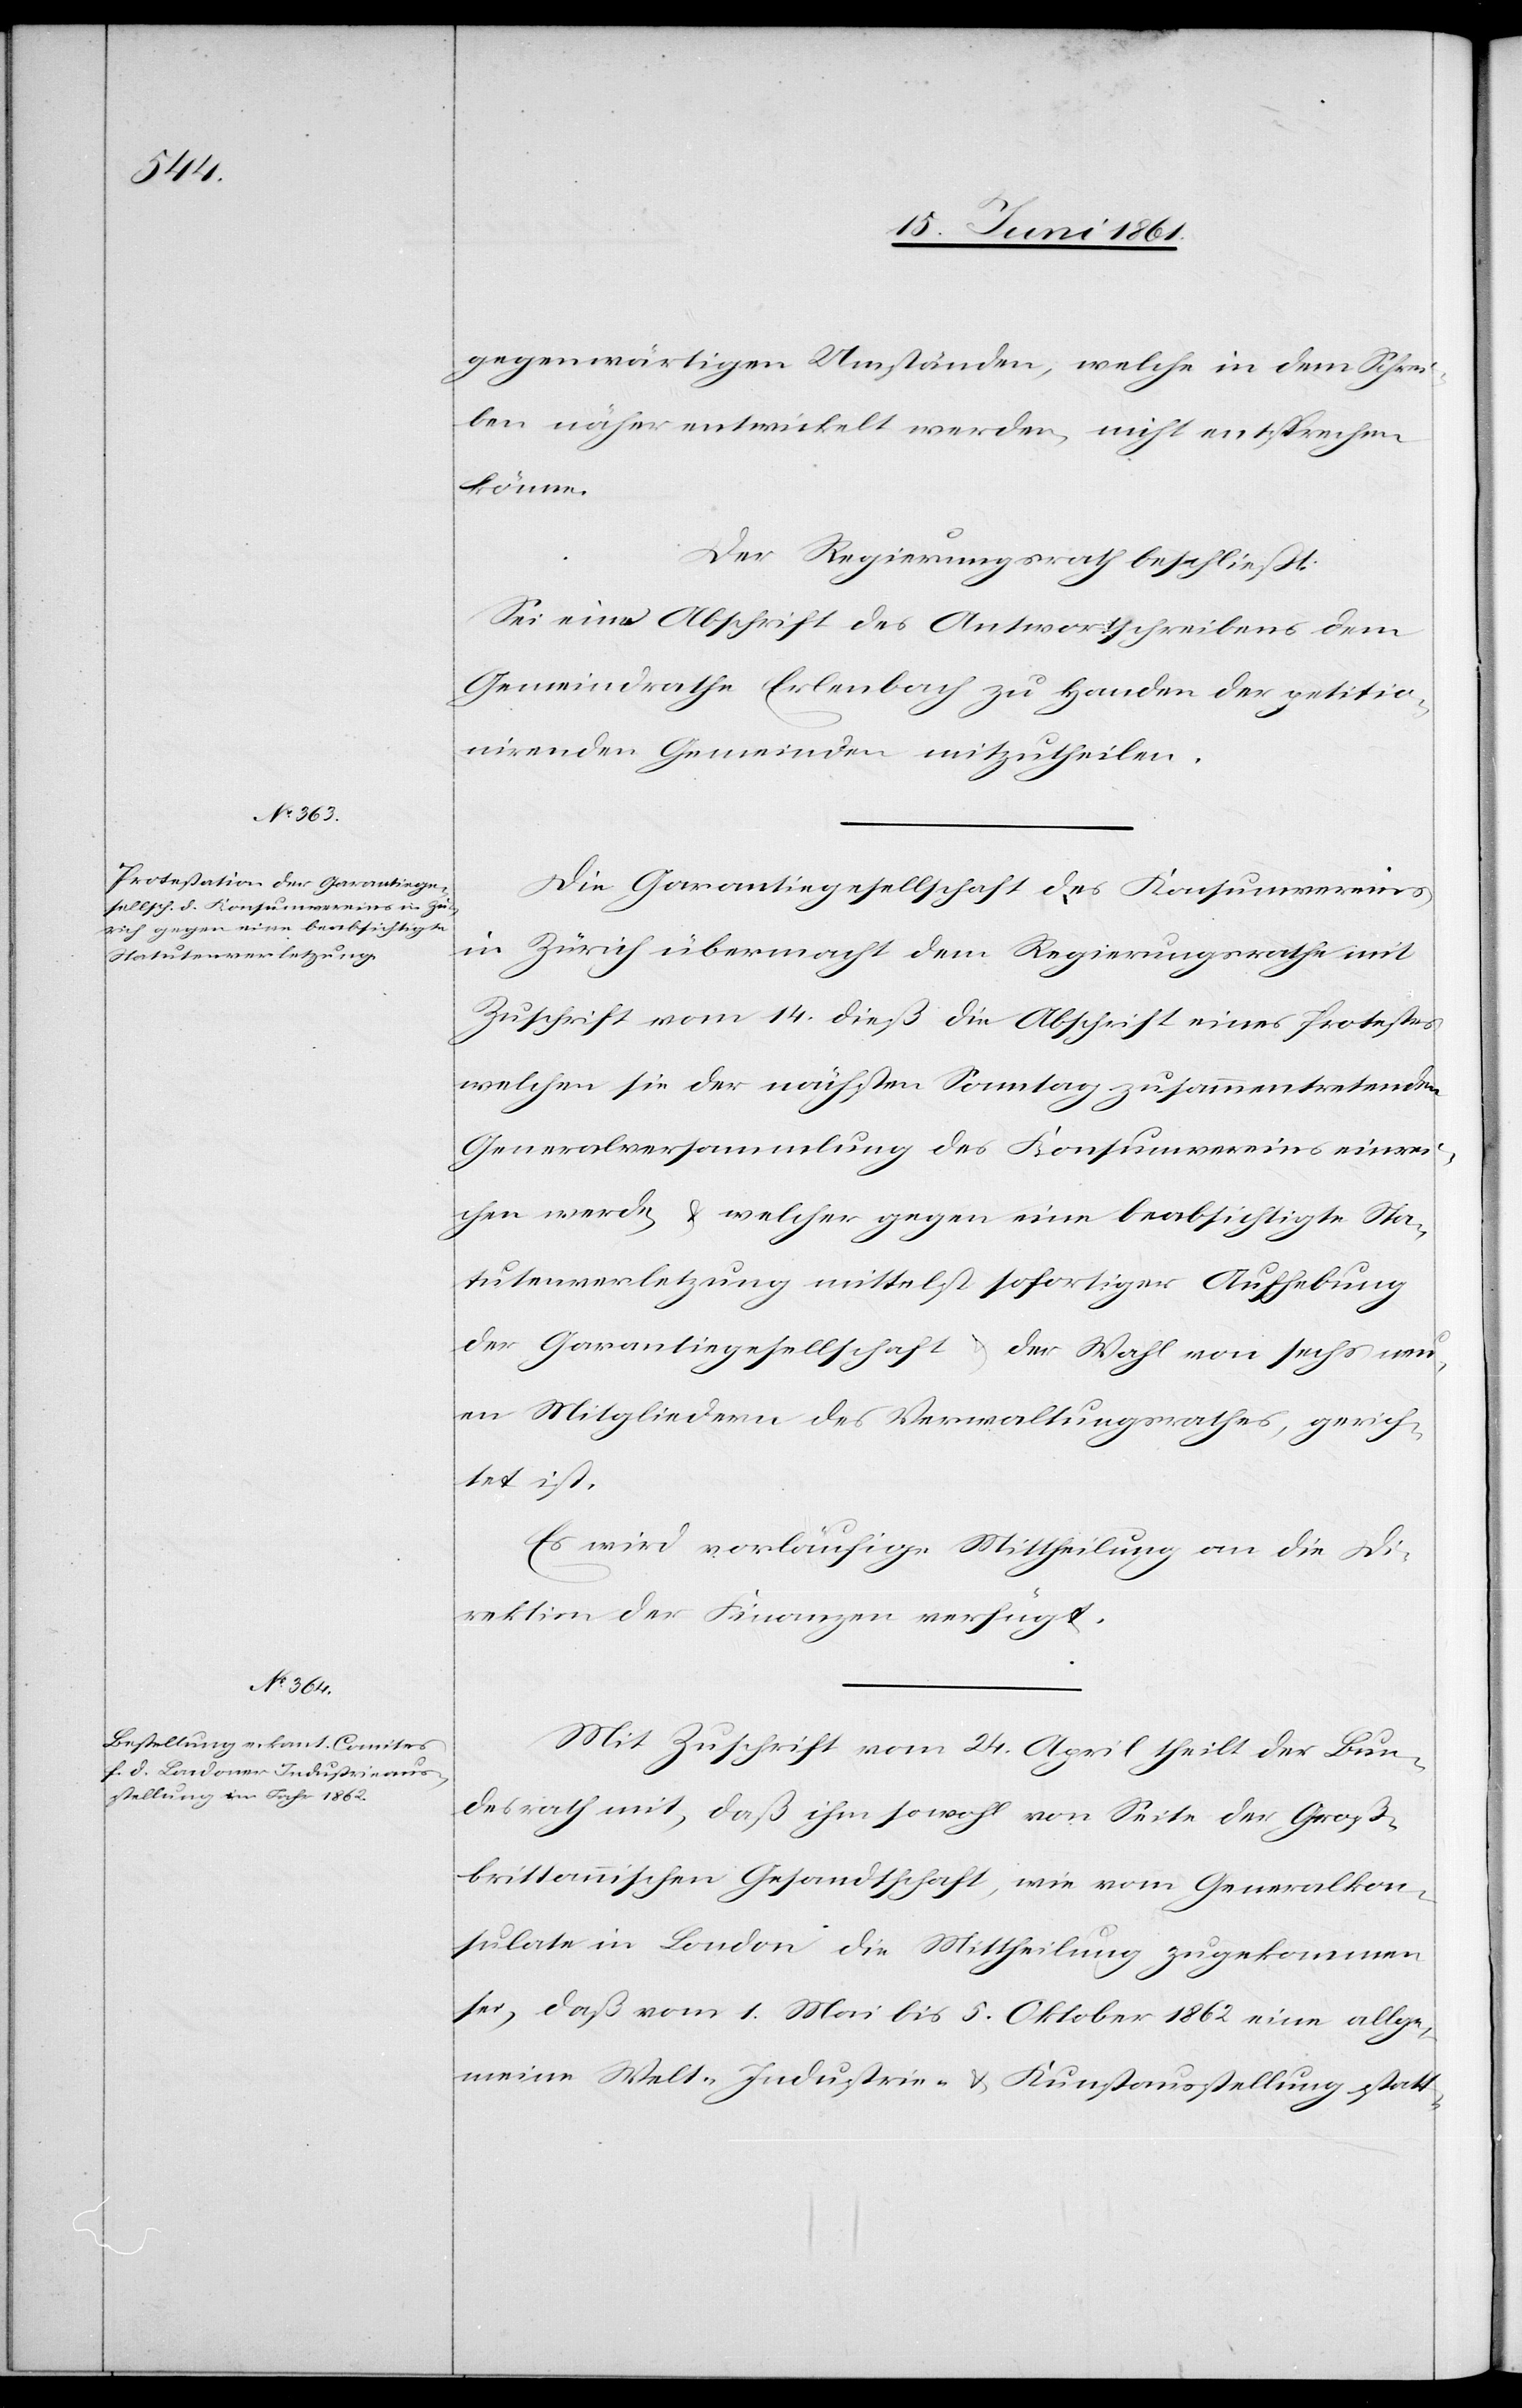
gegenwärtigen Umständen, welche in dem Schrei¬
ben näher entwickelt werden, nicht entsprechen
könne.
Der Regierungsrath beschließt:
Sei eine Abschrift des Antwortschreibens dem
Gemeindrathe Erlenbach zu Handen der petitio¬
nirenden Gemeinden mitzutheilen.
Die Garantiegesellschaft des Konsumvereins
in Zürich übermacht dem Regierungsrathe mit
Zuschrift vom 14. dieß die Abschrift eines Protestes
welchen sie der nächsten Sonntag zusammentretenden
Generalversammlung des Konsumvereins einrei¬
chen werde u. welcher gegen eine beabsichtigte Sta¬
tutenverletzung mittelst sofortiger Aufhebung
der Garantiegesellschaft u. der Wahl von sechs neu¬
en Mitgliedern des Verwaltungsrathes, gerich¬
tet ist.
Es wird vorläufige Mittheilung an die Di¬
rektion der Finanzen verfügt.
Mit Zuschrift vom 24. April theilt der Bun¬
desrath mit, daß ihm sowohl von Seite der Groß¬
brittannischen Gesandtschaft, wie vom Generalkon¬
sulate in London die Mittheilung zugekommen
sei, daß vom 1. Mai bis 5. Oktober 1862 eine allge¬
meine Welt- Industrie- u. Kunstausstellung statt-